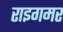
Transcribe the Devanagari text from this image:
राइगमर